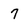
Character: 7